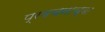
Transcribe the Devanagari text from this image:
प्रवचनाच्या